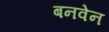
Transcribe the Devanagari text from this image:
बनवेन